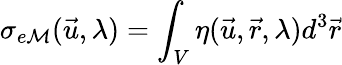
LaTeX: \sigma_{e\mathcal{M}}(\vec{{u}},\lambda)=\int_{V}\eta(\vec{{u}},\vec{{r}},\lambda)d^{3}\vec{{r}}